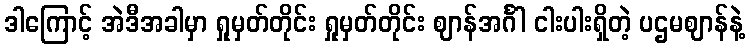
ဒါကြောင့် အဲဒီအခါမှာ ရှုမှတ်တိုင်း ရှုမှတ်တိုင်း ဈာန်အင်္ဂါ ငါးပါးရှိတဲ့ ပဌမဈာန်နဲ့